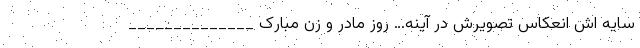
سایه اش انعکاس تصویرش در آینه… روز مادر و زن مبارک ______________